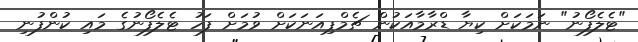
"ޓެލެފޯނު" ނަމަކަށް ކިޔާ ޑްރާމާއަކުން ޗެމްޕިއަނަކަށް ވުމަށް ފަހު ޓެލެފޯނުގެ މައި ކުންފުނި